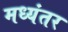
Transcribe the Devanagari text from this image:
मध्‍यंतर